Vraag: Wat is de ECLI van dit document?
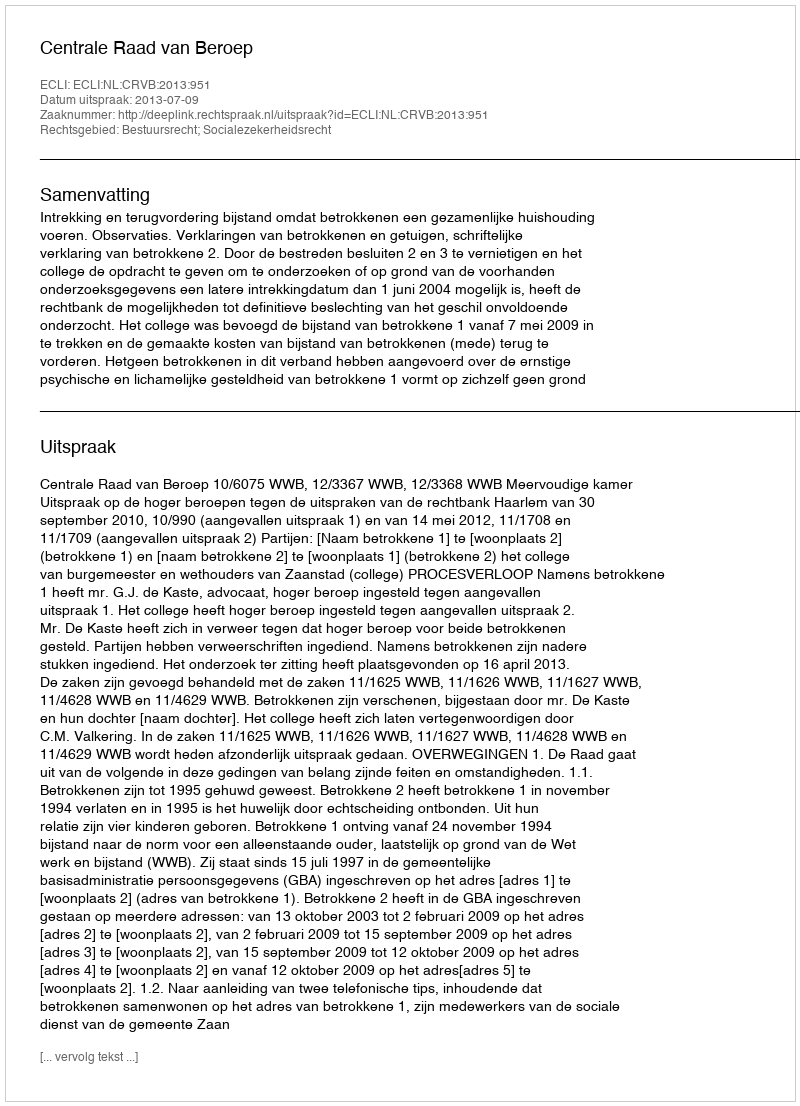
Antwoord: ECLI:NL:CRVB:2013:951